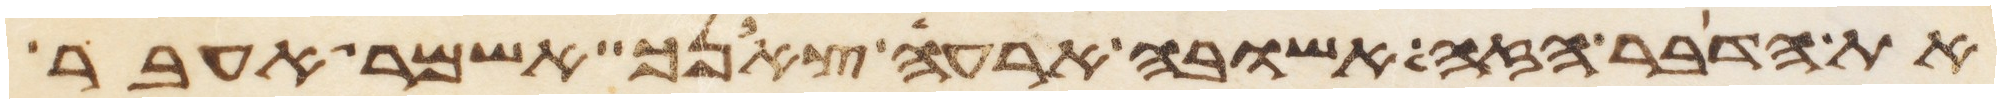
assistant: את הדבר הזה אשובה ארעה צאנך אשמר אעבר